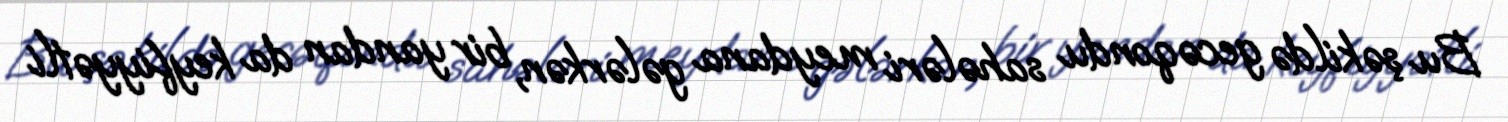
Bu şəkildə gecəqondu sahələri meydana gələrkən, bir yandan da keyfiyyətli